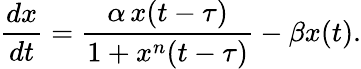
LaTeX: \frac{dx}{dt}=\frac{\alpha\, x(t-\tau)}{1+x^{n}(t-\tau)}-\beta x(t).